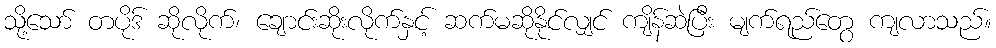
သို့သော် တပိုဒ် ဆိုလိုက်၊ ချောင်းဆိုးလိုက်နှင့် ဆက်မဆိုနိုင်လျှင် ကျိန်ဆဲပြီး မျက်ရည်တွေ ကျလာသည်။